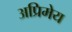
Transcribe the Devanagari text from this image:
अप्रिमेय